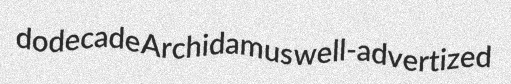
dodecade Archidamus well-advertized